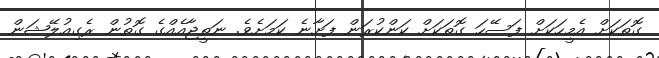
ގޮތަކަށް އެމީހަކަށް ފަސޭހަ ގޮތަކަށް ކަންކުރަން ފަށާނެ ކަމަށެވެ. ނަތީޖާއެއްގެ ގޮތުން ރެގިއުލޭޝަން